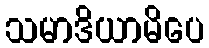
သမာဒိယာမိပေ